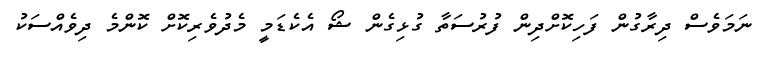
ނަމަވެސް ދިރާގުން ފަހިކޮށްދިން ފުރުސަތާ ގުޅިގެން ޝޯ އެކެޑަމީ މެދުވެރިކޮށް ކޮންމެ ދިވެއްސަކު